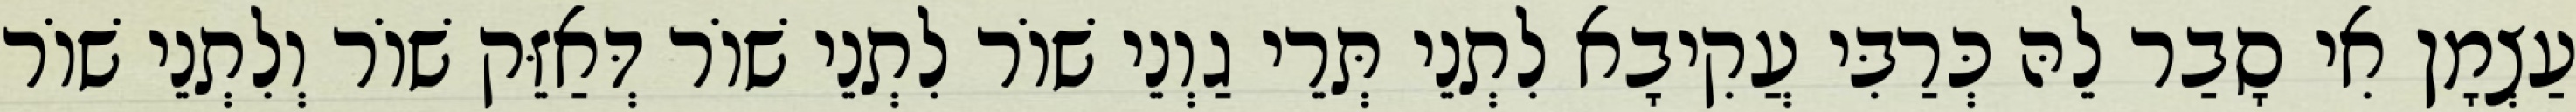
עַצְמָן אִי סָבַר לֵהּ כְּרַבִּי עֲקִיבָא לִתְנֵי תְּרֵי גַוְנֵי שׁוֹר לִתְנֵי שׁוֹר דְּאַזֵּק שׁוֹר וְלִתְנֵי שׁוֹר